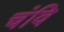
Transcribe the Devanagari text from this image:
चंवि